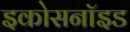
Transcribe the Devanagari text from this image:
इकोसनॉइड